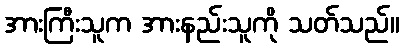
အားကြီးသူက အားနည်းသူကို သတ်သည်။